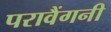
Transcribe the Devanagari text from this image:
परावैंगनी